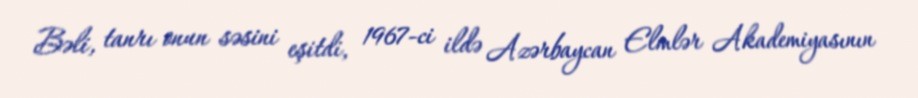
Bəli, tanrı onun səsini eşitdi, 1967-ci ildə Azərbaycan Elmlər Akademiyasının